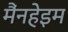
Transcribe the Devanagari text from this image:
मैंनहेइम